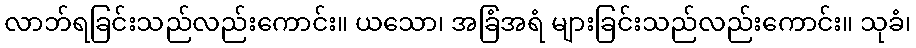
လာဘ်ရခြင်းသည်လည်းကောင်း။ ယသော၊ အခြံအရံ များခြင်းသည်လည်းကောင်း။ သုခံ၊